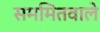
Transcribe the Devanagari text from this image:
सममितवाले